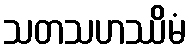
သတသဟဿိမံ